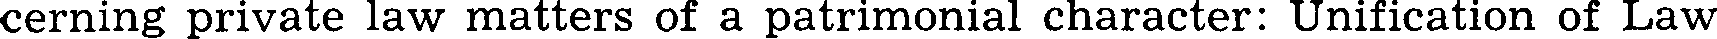
cerning private law matters of a patrimonial character: Unification of Law